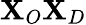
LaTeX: \mathbf{X}_{O}\mathbf{X}_{D}